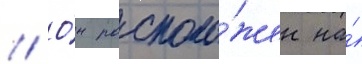
// О́н располо́жен на́